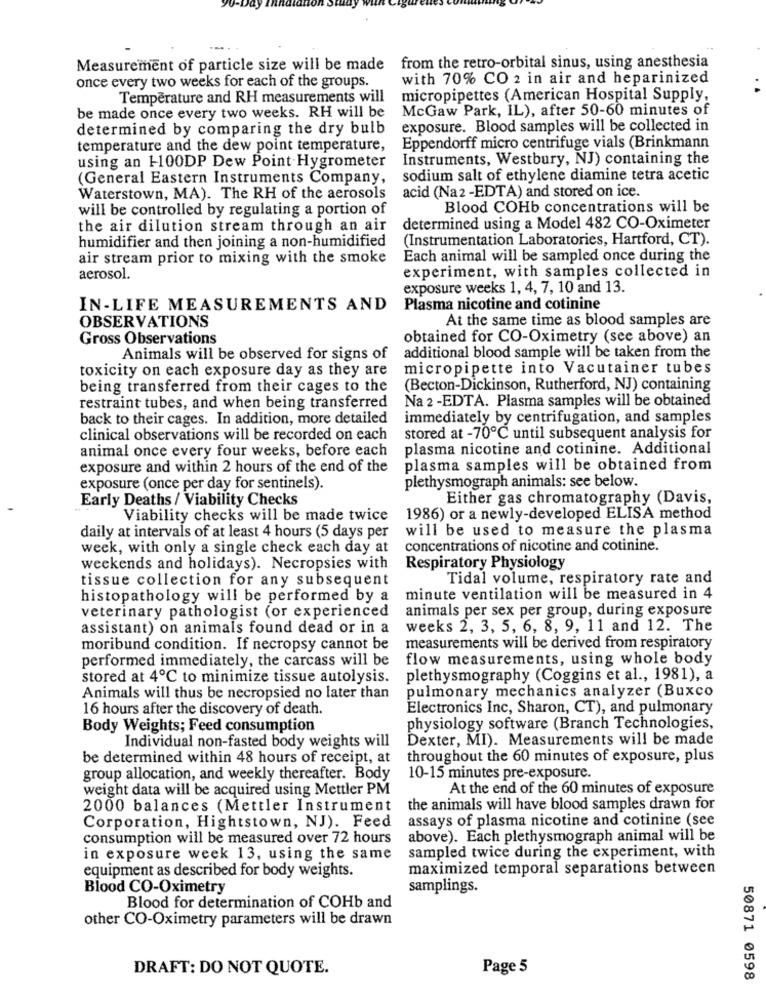
Measurement of particle size will be made from the retro-orbital sinus, using anesthesia
with 70% CO 2 in air and heparinized
once every two weeks for each of the groups.
Temperature and RH measurements will
micropipettes (American Hospital Supply,
McGaw Park, IL), after 50-60 minutes of
be made once every two weeks. RH will be
determined by comparing the dry bulb
exposure. Blood samples will be collected in
temperature and the dew point temperature,
Eppendorff micro centrifuge vials (Brinkmann
Instruments, Westbury, NJ) containing the
using an 1-100DP Dew Point Hygrometer
(General Eastern Instruments Company,
sodium salt of ethylene diamine tetra acetic
Waterstown, MA). The RH of the aerosols
acid (Na2-EDTA) and stored on ice.
will be controlled by regulating a portion of
Blood COHb concentrations will be
the air dilution stream through an air
determined using a Model 482 CO-Oximeter
humidifier and then joining a non-humidified
(Instrumentation Laboratories, Hartford, CT).
air stream prior to mixing with the smoke
Each animal will be sampled once during the
experiment, with samples collected in
aerosol.
exposure weeks 1, 4, 7, 10 and 13.
IN-LIFE MEASUREMENTS AND
Plasma nicotine and cotinine
OBSERVATIONS
At the same time as blood samples are
Gross Observations
obtained for CO-Oximetry (see above) an
Animals will be observed for signs of
additional blood sample will be taken from the
toxicity on each exposure day as they are
micropipette into Vacutainer tubes
being transferred from their cages to the
(Becton-Dickinson, Rutherford, NJ) containing
Na 2 -EDTA. Plasma samples will be obtained
restraint tubes, and when being transferred
back to their cages. In addition, more detailed
immediately by centrifugation, and samples
clinical observations will be recorded on each
stored at -70℃ until subsequent analysis for
animal once every four weeks, before each
plasma nicotine and cotinine. Additional
exposure and within 2 hours of the end of the
plasma samples will be obtained from
exposure (once per day for sentinels).
plethysmograph animals: see below.
Early Deaths / Viability Checks
Either gas chromatography (Davis,
Viability checks will be made twice
1986) or a newly-developed ELISA method
will be used to measure the plasma
daily at intervals of at least 4 hours (5 days per
week, with only a single check each day at
concentrations of nicotine and cotinine.
weekends and holidays). Necropsies with
Respiratory Physiology
tissue collection for any subsequent
Tidal volume, respiratory rate and
histopathology will be performed by a
minute ventilation will be measured in 4
animals per sex per group, during exposure
veterinary pathologist (or experienced
assistant) on animals found dead or in a
weeks 2, 3, 5, 6, 8, 9, 11 and 12. The
moribund condition. If necropsy cannot be
measurements will be derived from respiratory
performed immediately, the carcass will be
flow measurements, using whole body
stored at 4℃ to minimize tissue autolysis.
plethysmography (Coggins et al ., 1981), a
pulmonary mechanics analyzer (Buxco
Animals will thus be necropsied no later than
16 hours after the discovery of death.
Electronics Inc, Sharon, CT), and pulmonary
Body Weights; Feed consumption
physiology software (Branch Technologies,
Dexter, MI). Measurements will be made
Individual non-fasted body weights will
be determined within 48 hours of receipt, at
throughout the 60 minutes of exposure, plus
group allocation, and weekly thereafter. Body
10-15 minutes pre-exposure.
weight data will be acquired using Mettler PM
At the end of the 60 minutes of exposure
2000 balances (Mettler Instrument
the animals will have blood samples drawn for
assays of plasma nicotine and cotinine (see
Corporation, Hightstown, NJ). Feed
consumption will be measured over 72 hours
above). Each plethysmograph animal will be
sampled twice during the experiment, with
in exposure week 13, using the same
maximized temporal separations between
equipment as described for body weights.
Blood CO-Oximetry
samplings.
Blood for determination of COHb and
other CO-Oximetry parameters will be drawn
DRAFT: DO NOT QUOTE.
Page 5
50871 0598